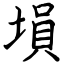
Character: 塤